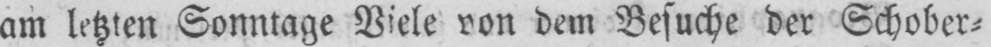
am letzten Sonntage Viele von dem Besuche der Schober⸗